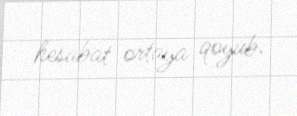
hesabat ortaya qoyub.